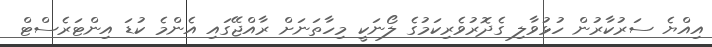
އިއްޔެ ސަރުކާރުން ހުޅުވާލި ގެދޮރުވެރިކަމުގެ ލޯނަކީ މިހާތަނަށް ރާއްޖޭގައި އެންމެ ކުޑަ އިންޓަރެސްޓް